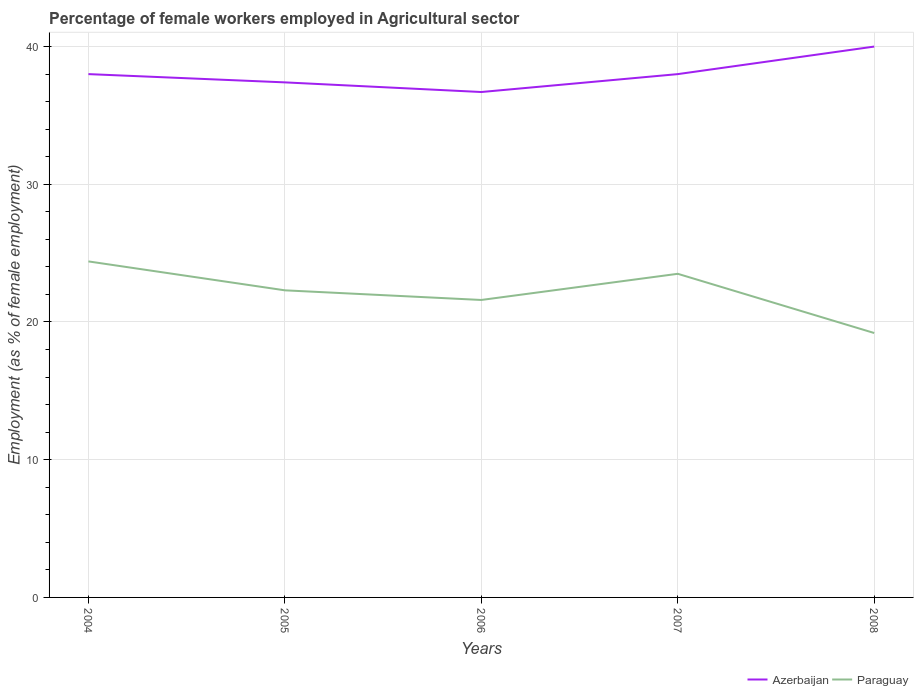
| Years | Azerbaijan | Paraguay |
 | --- | --- | --- |
 | 2004 | 38 | 24.4 |
 | 2005 | 37.4 | 22.3 |
 | 2006 | 36.7 | 21.6 |
 | 2007 | 38 | 23.5 |
 | 2008 | 40 | 19.2 |